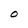
Character: O